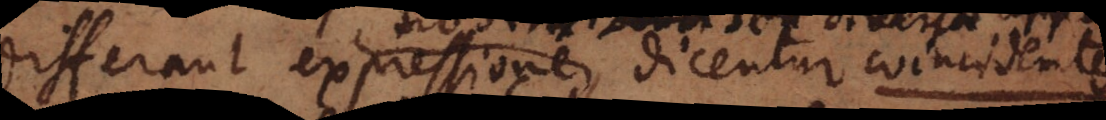
differant expressione dicentur coincidentes